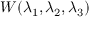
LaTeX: W ( \lambda _ { 1 } , \lambda _ { 2 } , \lambda _ { 3 } )